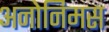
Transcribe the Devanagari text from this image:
अनोनिमस